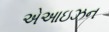
એઆઇઝન